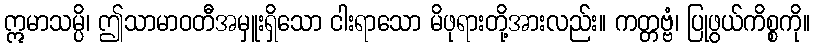
ဣမာသမ္ပိ၊ ဤသာမာဝတီအမှူးရှိသော ငါးရာသော မိဖုရားတို့အားလည်း။ ကတ္တဗ္ဗံ၊ ပြုဖွယ်ကိစ္စကို။